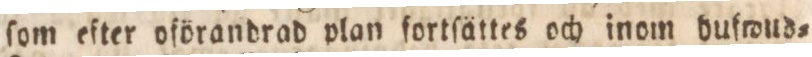
ſom efter oförandrad plan fortſättes och inom bufwud=